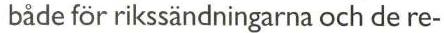
 både för rikssändningarna och de re-